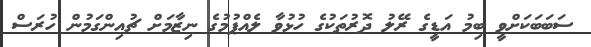
ސަބަބަކަށްވީ ބިމު އަޑީގެ ރޭލު ދޮރުތަކުގެ ހުޅުވާ ލެއްޕުމުގެ ނިޒާމަށް ޗުއިންގަމުން ހުރަސް